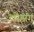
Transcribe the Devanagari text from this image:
लोझंग